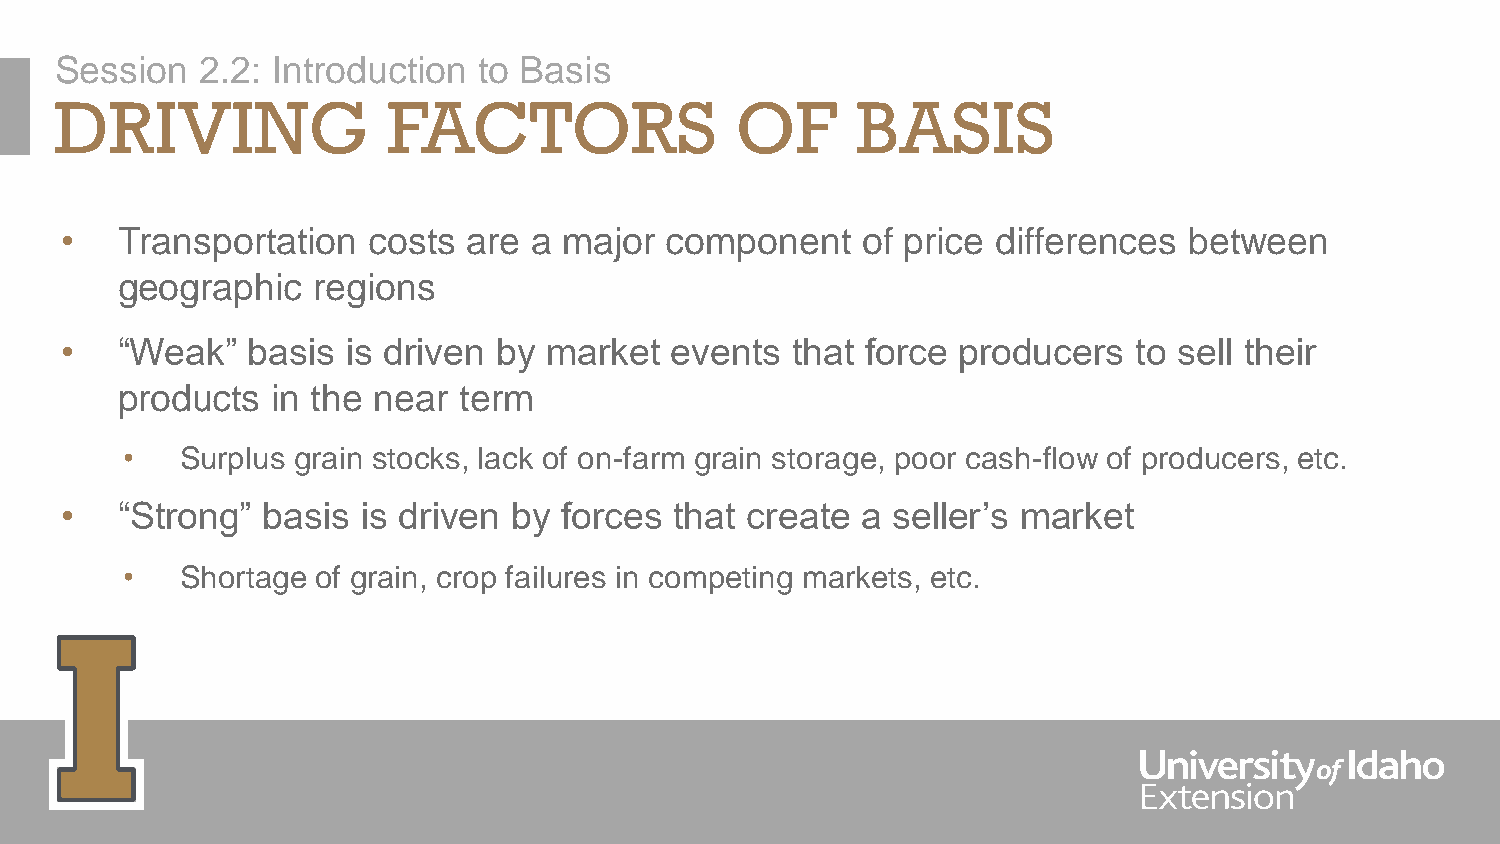
Session  2.2: Introduction  to Basis
 DRIVING               FACTORS                OF      BASIS
 •   Transportation  costs  are a major  component    of price differences  between
 geographic   regions
 •   “Weak”  basis  is driven by market  events  that force producers   to sell their
 products  in the near term
 •   Surplus grain stocks, lack of on-farm grain storage, poor cash-flow of producers, etc.
 •   “Strong” basis  is driven by forces  that create a seller’s market
 •   Shortage of grain, crop failures in competing markets, etc.